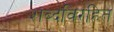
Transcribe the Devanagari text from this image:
शब्दविरहित